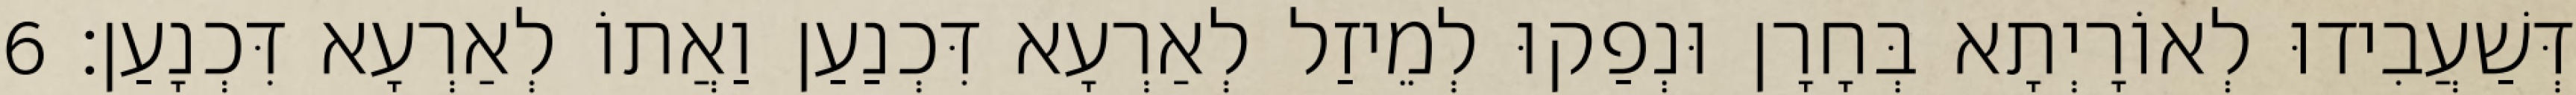
דְּשַׁעֲבִידוּ לְאוֹרָיְתָא בְּחָרָן וּנְפַקוּ לְמֵיזַל לְאַרְעָא דִּכְנַעַן וַאֲתוֹ לְאַרְעָא דִּכְנָעַן׃ 6